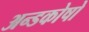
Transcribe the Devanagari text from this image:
अन्डकोषो